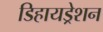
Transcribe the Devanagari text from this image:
डिहायड्रेशन